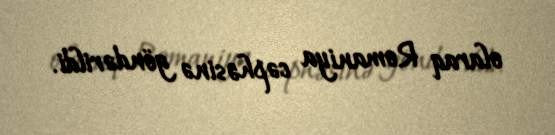
olaraq Romaniya cəphəsinə göndərildi.